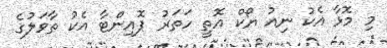
މި މޮޅާ އެކު ނިއު ޔޯކް އޮތީ ހަތަރު ޕޮއިންޓާ އެކު ތާވަލުގެ